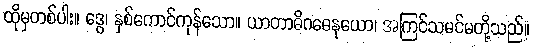
ထိုမှတစ်ပါး။ ဒွေ၊ နှစ်ကောင်ကုန်သော။ ယာတာဓိဂဓေနုယော၊ အကြင်သမင်မတို့သည်။